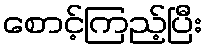
စောင့်ကြည့်ပြီး